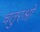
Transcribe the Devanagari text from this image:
चतुरश्रो